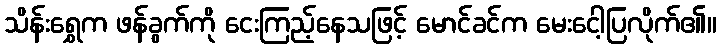
သိန်းရွှေက ဖန်ခွက်ကို ငေးကြည့်နေသဖြင့် မောင်ခင်က မေးငေါ့ပြလိုက်၏။